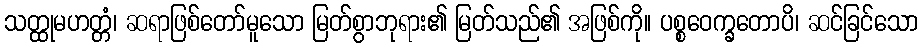
သတ္ထုမဟတ္တံ၊ ဆရာဖြစ်တော်မူသော မြတ်စွာဘုရား၏ မြတ်သည်၏ အဖြစ်ကို။ ပစ္စဝေက္ခတောပိ၊ ဆင်ခြင်သော